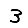
Digit: 3